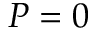
P = 0